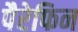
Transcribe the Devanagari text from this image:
पैरेफिन